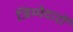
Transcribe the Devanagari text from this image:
जिम्मेदारों